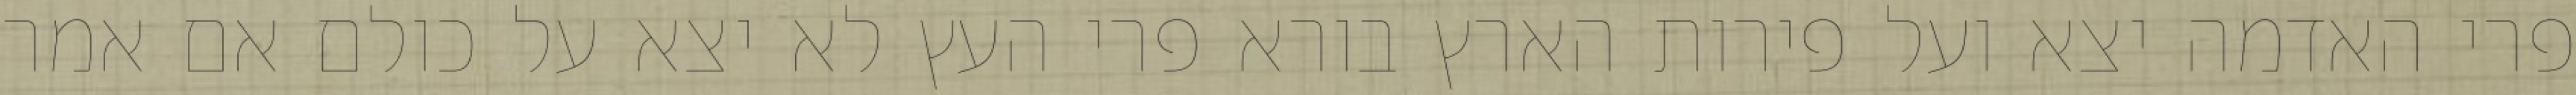
פרי האדמה יצא ועל פירות הארץ בורא פרי העץ לא יצא על כולם אם אמר